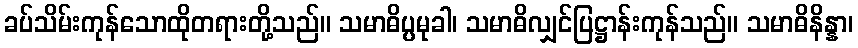
ခပ်သိမ်းကုန်သောထိုတရားတို့သည်။ သမာဓိပ္ပမုခါ၊ သမာဓိလျှင်ပြဋ္ဌာန်းကုန်သည်။ သမာဓိနိန္နာ၊